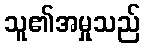
သူ၏အမှုသည်